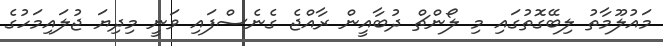
މައުލޫމާތު ލިބޭގޮތުގައި މި ލޯންޗް ދުބާއީން ރާއްޖެ ގެނެސްފައި ވަނީ މިދިޔަ ޖުލައިމަހުގެ